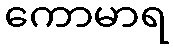
ကောမာရ